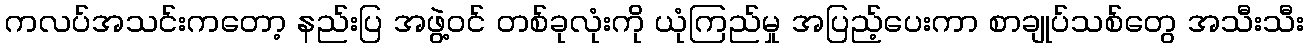
ကလပ်အသင်းကတော့ နည်းပြ အဖွဲ့ဝင် တစ်ခုလုံးကို ယုံကြည်မှု အပြည့်ပေးကာ စာချုပ်သစ်တွေ အသီးသီး